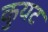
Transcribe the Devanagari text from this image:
कुयट